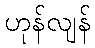
ဟုန်လျန်